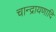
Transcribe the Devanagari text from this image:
चान्द्रायणादि